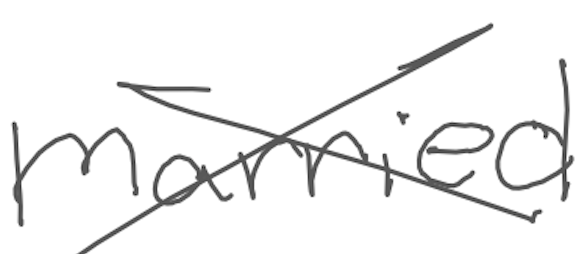
Text: married
Cross-out: cross
Writing tool: digital_gray